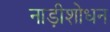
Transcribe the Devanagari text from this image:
नाड़ीशोधन